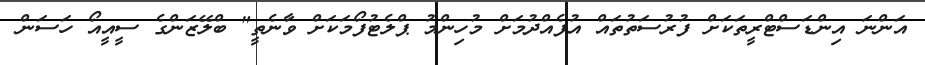
އަންނަ އިންޑަސްޓްރީތަކަށް ފުރުސަތުތައް އުފެއްދުމަށް މުހިންމު ޕްލެޓުފޯމަކަށް ވާނެތީ" ބްލޭޒަންގެ ސީއީއޯ ހަސަން